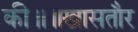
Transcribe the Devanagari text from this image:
की॥॥खासतौर